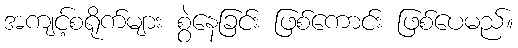
အကျင့်စရိုက်များ စွဲနေခြင်း ဖြစ်ကောင်း ဖြစ်ပေမည်။